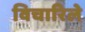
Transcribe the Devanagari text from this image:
विचारिले